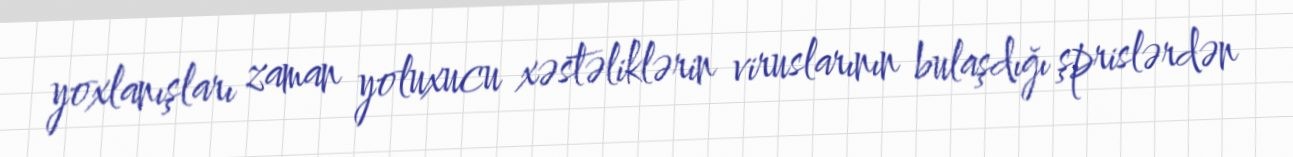
yoxlanışları zaman yoluxucu xəstəliklərin viruslarının bulaşdığı şprislərdən